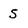
Character: S